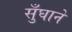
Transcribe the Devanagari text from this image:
सुँघाने